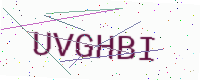
Text: UVGHBI